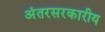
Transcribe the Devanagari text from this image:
अंतरसरकारीय